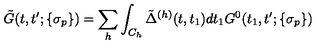
\tilde { G } ( t , t ^ { \prime } ; \{ \sigma _ { p } \} ) = \sum _ { h } \int _ { C _ { h } } \tilde { \Delta } ^ { ( h ) } ( t , t _ { 1 } ) d t _ { 1 } G ^ { 0 } ( t _ { 1 } , t ^ { \prime } ; \{ \sigma _ { p } \} )